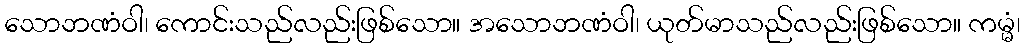
သောဘဏံဝါ၊ ကောင်းသည်လည်းဖြစ်သော။ အသောဘဏံဝါ၊ ယုတ်မာသည်လည်းဖြစ်သော။ ကမ္မံ၊